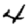
Digit: 4